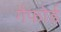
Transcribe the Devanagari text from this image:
गैफोर्ड